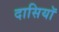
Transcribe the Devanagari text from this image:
दासियॉ